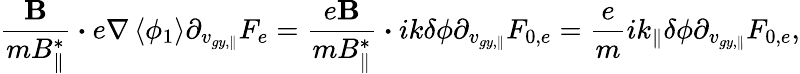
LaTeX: \frac{{\textbf{B}}}{mB_{\parallel}^{*}}\boldsymbol{\cdot}e\nabla\left<\phi_{1}\right>\partial_{v_{gy,\parallel}}F_{e}=\frac{e{\textbf{B}}}{mB_{\parallel}^{*}}\boldsymbol{\cdot}i{k}\delta\phi\partial_{v_{gy,\parallel}}F_{0,e}=\frac{e}{m}i{k_{\parallel}}\delta\phi\partial_{v_{gy,\parallel}}F_{0,e},